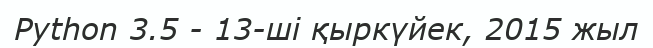
Python 3.5 - 13-ші қыркүйек, 2015 жыл